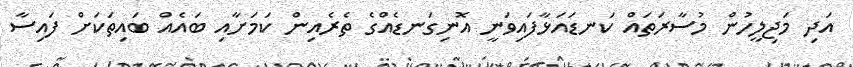
އަދި މަޖިލީހުން މުސާރަތައް ކަނޑައަޅާފައިވަނީ އޮނިގަނޑެއްގެ ތެރެއިން ކަމަށާއި ބައެއް ބައިތަކަށް ފައިސާ